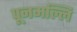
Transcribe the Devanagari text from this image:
पूनमल्लि